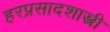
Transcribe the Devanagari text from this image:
हरप्रसादशास्त्री